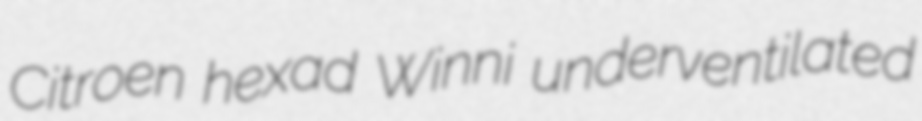
Citroen hexad Winni underventilated